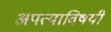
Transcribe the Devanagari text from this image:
अपत्याविषयी